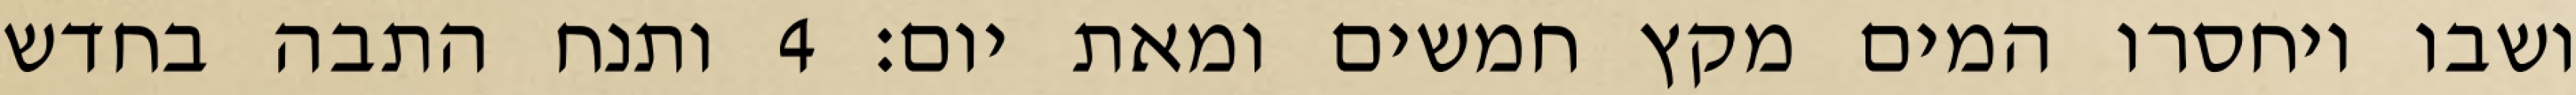
ושבו ויחסרו המים מקץ חמשים ומאת יום׃ ‎4‏ ותנח התבה בחדש